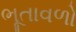
ભૂતાવળો